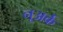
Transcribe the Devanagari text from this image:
नूअर्क